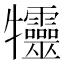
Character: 𤜙